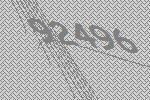
92496